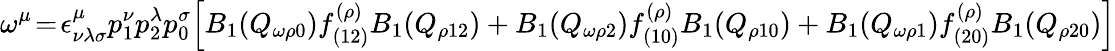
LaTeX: \omega^{\mu}\! =\! \epsilon_{\nu\lambda\sigma}^{\mu}p_{1}^{\nu}p_{2}^{\lambda}p_{0}^{\sigma}\Bigl[B_{1}(Q_{\omega\rho 0})f_{(12)}^{(\rho)}B_{1}(Q_{\rho 12})+B_{1}(Q_{\omega\rho 2})f_{(10)}^{(\rho)}B_{1}(Q_{\rho 10})+B_{1}(Q_{\omega\rho 1})f_{(20)}^{(\rho)}B_{1}(Q_{\rho 20})\Bigr]